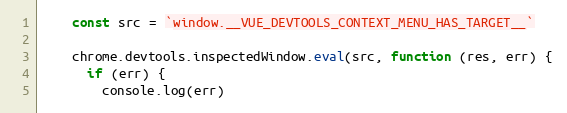
Language: JavaScript
    const src = `window.__VUE_DEVTOOLS_CONTEXT_MENU_HAS_TARGET__`

    chrome.devtools.inspectedWindow.eval(src, function (res, err) {
      if (err) {
        console.log(err)